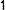
1